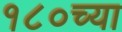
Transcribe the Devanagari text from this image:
१८०च्या